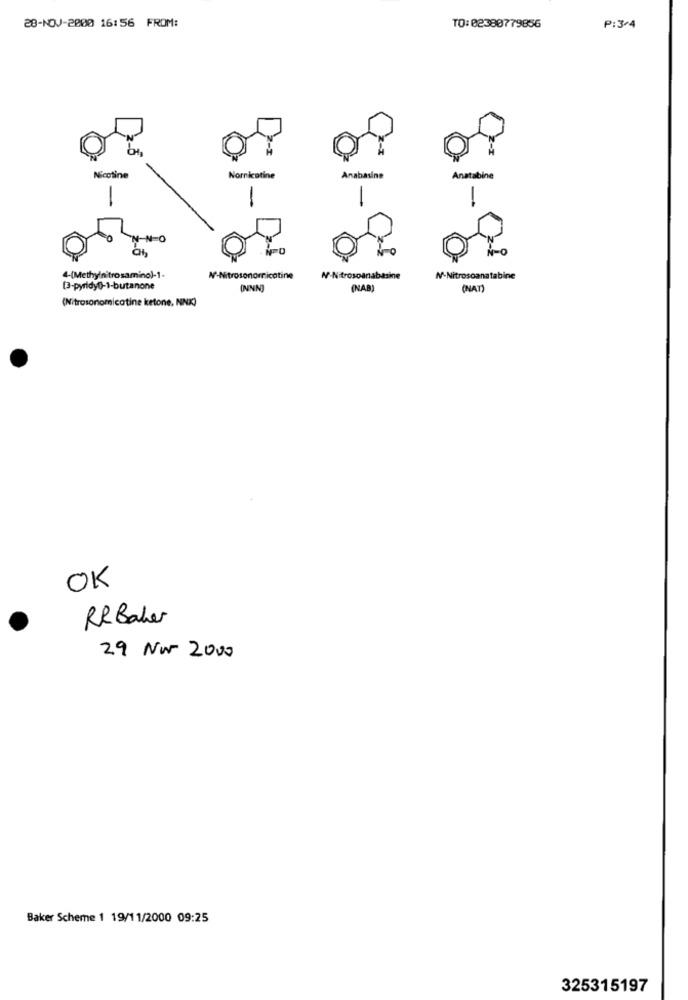
28-NOV-2000 16:56 FROM:
TO: 02388779856
P:3-4
Nicotine
Nornicotine
Anabasine
Anatabine
-
-
NO
4-(Methylnitrosamino)-1.
N-Nitrosonomnicotine
N-Nitrosoanabasine
N-Nitrosoanatabine
[3-pyridy0)-1-butanone
ONNIN)
(NAB)
(NAT)
(Nitrosonomicotine ketone, NINK)
OK
RR Baker
29 No 2000
Baker Scheme 1 19/11/2000 09:25
325315197